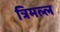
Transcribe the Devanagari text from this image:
त्रिमल्ल